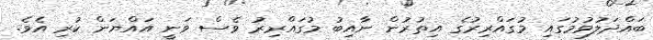
ބައްދަލުވުމުގައި މުގައްރިރުގެ އިތުރުން ނާއިބު މުގައްރިރު ވެސް ވަނީ އައްޔަން ކުރި އެވެ.